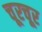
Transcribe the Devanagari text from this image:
चूरचूर